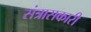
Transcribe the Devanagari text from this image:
संत्रासकारी